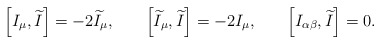
\begin{align*}\left[ I_\mu ,\widetilde{I}\right] =-2\widetilde{I}_\mu,\hspace{0.3in}\left[ \widetilde{I}_\mu ,\widetilde{I}\right]=-2I_\mu ,\hspace{0.3in}\left[ I_{\alpha \beta},\widetilde{I}\right] =0 .\end{align*}